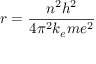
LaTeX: r = { \frac { n ^ { 2 } h ^ { 2 } } { 4 \pi ^ { 2 } k _ { e } m e ^ { 2 } } }